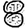
Digit: 8